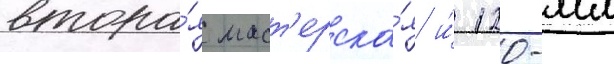
втора́я маст'ерска́я и́ 120-мм